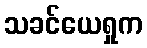
သခင်ယေရှုက